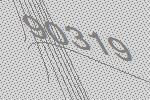
90319